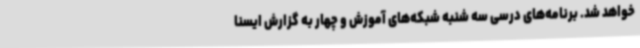
خواهد شد. برنامه‌های درسی سه شنبه شبکه‌های آموزش و چهار به گزارش ایسنا